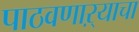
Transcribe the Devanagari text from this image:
पाठवणाऱ्याचा